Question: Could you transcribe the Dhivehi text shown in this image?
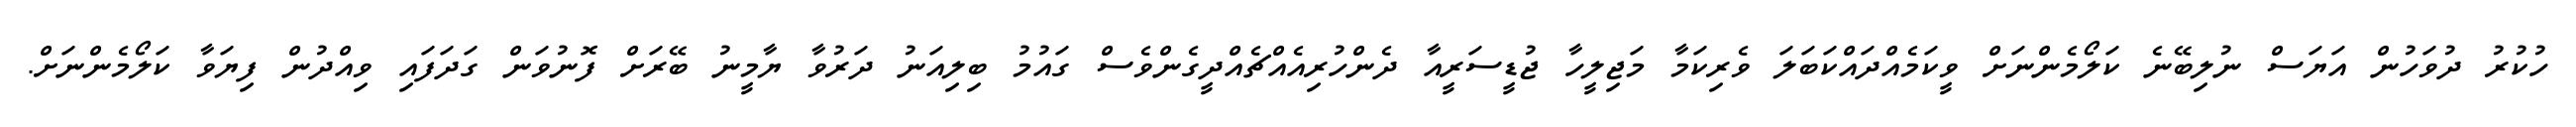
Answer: ހުކުރު ދުވަހުން އަޔަސް ނުލިބޭނެ ކަލޯމެންނަށް ވީކަމެއްދައްކަބަލަ ވެރިކަމާ މަޖިލީހާ ޖުޑީސަރީއާ ދެންހުރިއެއްޗެއްދީގެންވެސް ގައުމު ބިލިއަނު ދަރުވާ ޔާމީނު ބޭރަށް ފޮނުވަން ގަދަފައި ވިއްދުން ފިޔަވާ ކަލޯމެންނަށް.